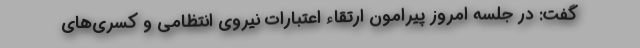
گفت: در جلسه امروز پیرامون ارتقاء اعتبارات نیروی انتظامی و کسری‌های